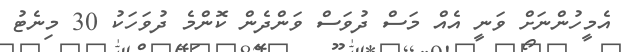
އެމީހުންނަށް ވަނީ އެއް މަސް ދުވަސް ވަންދެން ކޮންމެ ދުވަހަކު 30 މިނެޓު